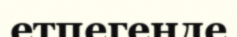
етпегенде